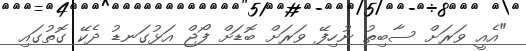
"އެއީ ވަރަށް ސާބިތު ނުހިފޭ ވަރަށް ބޮޑަށް ފޯޖް އަޅުގަނޑު ދެކޭ ގޮތުގައި